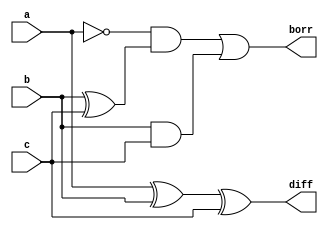
`timescale 1ns / 1ps
//////////////////////////////////////////////////////////////////////////////////
// Company: 
// Engineer: 
// 
// Design Name: 
// Module Name:    HS_FS_8 
// Project Name: 
// Target Devices: 
// Tool versions: 
// Description: 
//
// Dependencies: 
//
// Revision: 
// Revision 0.01 - File Created
// Additional Comments: 
//
//////////////////////////////////////////////////////////////////////////////////
module HS_FS_8(input a,b,c,output diff,borr);
    
	 
	 assign diff=a^b^c;
	 assign borr=(~a&(b^c))|(b&c);

endmodule